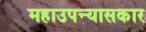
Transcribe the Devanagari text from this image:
महाउपन्यासकार